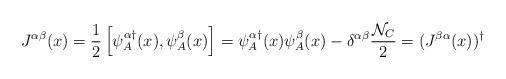
LaTeX: \begin{align*}J^{\alpha\beta}(x)= {1\over2}\left[\psi^{\alpha\dagger}_A(x),\psi^{\beta}_A(x)\right]=\psi^{\alpha\dagger}_A(x)\psi^{\beta}_A(x)-\delta^{\alpha\beta}{{\cal N}_{C}\over 2}=(J^{\beta\alpha}(x))^\dagger\end{align*}